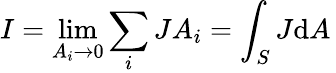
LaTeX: I=\operatorname*{lim}_{A_{i}\rightarrow 0}\sum_{i}JA_{i}=\int_{S}J{\mathrm{d}A}\,